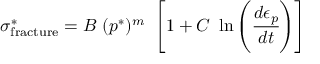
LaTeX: \sigma _ { \mathrm { { f r a c t u r e } } } ^ { * } = B ~ ( p ^ { * } ) ^ { m } ~ \left[ 1 + C ~ \ln \left( { \cfrac { d \epsilon _ { p } } { d t } } \right) \right]